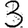
Digit: 3